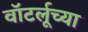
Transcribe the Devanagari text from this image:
वॉटर्लूच्या